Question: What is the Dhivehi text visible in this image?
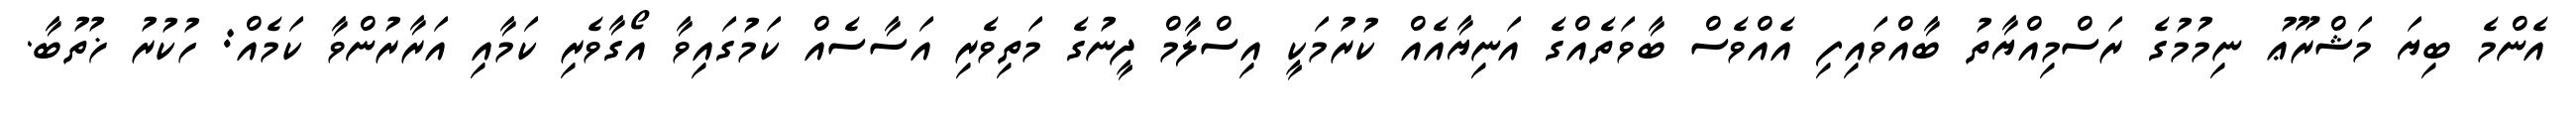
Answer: އެންމެ ބިޔަ މަޝްރޫޢު ނިމުމުގެ ރަސްމިއްޔާތު ބާއްވައިފި އެއްވެސް ބާވަތެއްގެ އަނިޔާއެއް ކުރުމަކީ އިސްލާމް ދީނުގެ މަތިވެރި އަސާސެއް ކަމުގައިވާ އޯގާވެރި ކަމާއި އަރާރުންވާ ކަމެއް: ހުކުރު ޚުތުބާ.